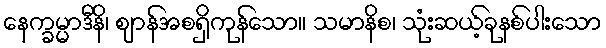
နေက္ခမ္မာဒီနိ၊ ဈာန်အစရှိကုန်သော။ သမာနိစ၊ သုံးဆယ့်ခုနစ်ပါးသော